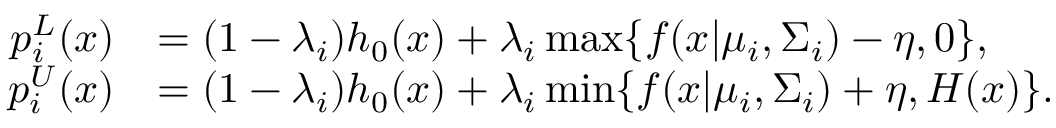
\begin{array} { r l } { p _ { i } ^ { L } ( x ) } & { = ( 1 - \lambda _ { i } ) h _ { 0 } ( x ) + \lambda _ { i } \operatorname* { m a x } \{ f ( x | \mu _ { i } , \Sigma _ { i } ) - \eta , 0 \} , } \\ { p _ { i } ^ { U } ( x ) } & { = ( 1 - \lambda _ { i } ) h _ { 0 } ( x ) + \lambda _ { i } \operatorname* { m i n } \{ f ( x | \mu _ { i } , \Sigma _ { i } ) + \eta , H ( x ) \} . } \end{array}